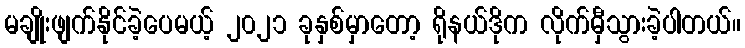
မချိုးဖျက်နိုင်ခဲ့ပေမယ့် ၂၀၂၁ ခုနှစ်မှာတော့ ရိုနယ်ဒိုက လိုက်မှီသွားခဲ့ပါတယ်။